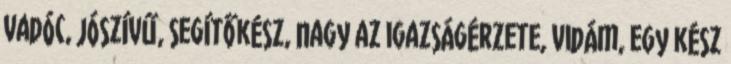
vadóc, jószívű, segítőkész, nagy az igazságérzete, vidám, egy kész